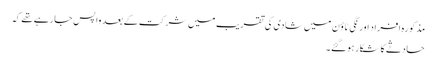
مذکورہ افراد اورنگی ٹاؤن میں شادی کی تقریب میں شرکت کے بعد واپس جارہے تھے کہ
حادثے کا شکار ہوگئے۔